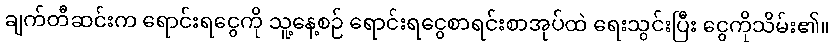
ချက်တီဆင်းက ရောင်းရငွေကို သူ့နေ့စဉ် ရောင်းရငွေစာရင်းစာအုပ်ထဲ ရေးသွင်းပြီး ငွေကိုသိမ်း၏။